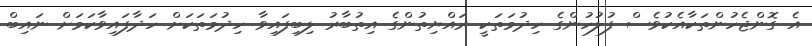
އެ ގޮންޖެހުންތަކާއެކުވެސް ފުލުހުންގެ ހިދުމަތަކީ ރައްޔިތުންގެ އިތުބާރު ލިބިފައިވާ ހިދުމަތަކަށް ހަދާފައިވާކަމަށް ނައިބް